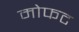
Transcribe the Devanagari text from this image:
मोफट